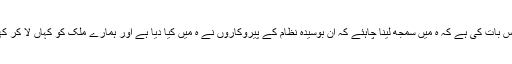
اب ضرورت اس بات کی ہے کہ ہ میں سمجھ لینا چاہئے کہ ان بوسیدہ نظام کے پیروکاروں نے ہ میں کیا دیا ہے اور ہمارے ملک کو کہاں لا کر کھڑا کردیا ہے ۔